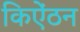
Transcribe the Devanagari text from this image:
किऐंठन